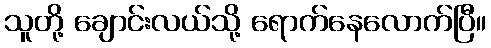
သူတို့ ချောင်းလယ်သို့ ရောက်နေလောက်ပြီ။